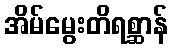
အိမ်မွေးတိရစ္ဆာန်